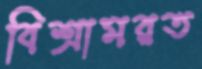
বিশ্রামরত